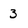
Character: 3